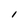
Character: l